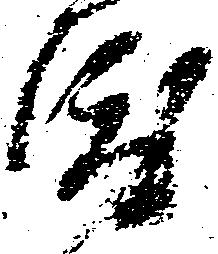
渡